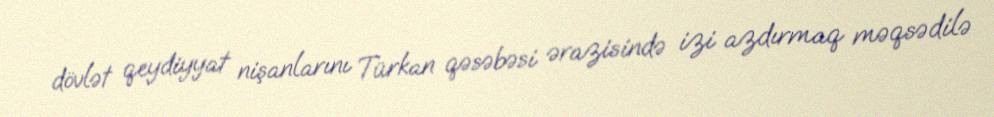
dövlət qeydiyyat nişanlarını Türkan qəsəbəsi ərazisində izi azdırmaq məqsədilə